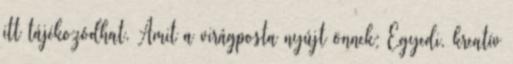
itt tájékozódhat. Amit a virágposta nyújt önnek: Egyedi, kreatív